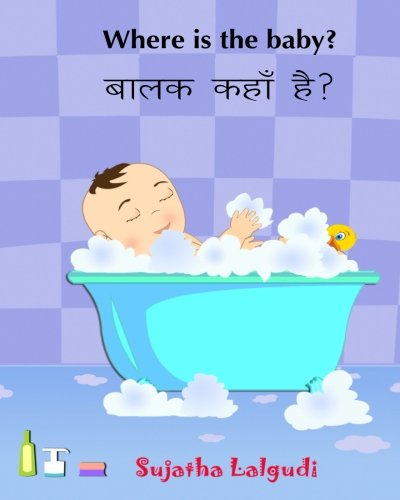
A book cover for Hindi Children's Book: Where is the Baby. Baalak Kahan Hai: Children's English-Hindi Picture book (Bilingual Edition).Baby books in Hindi.Childrens ... for children) (Volume 1) (Hindi Edition); Sujatha Lalgudi; Children's Books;